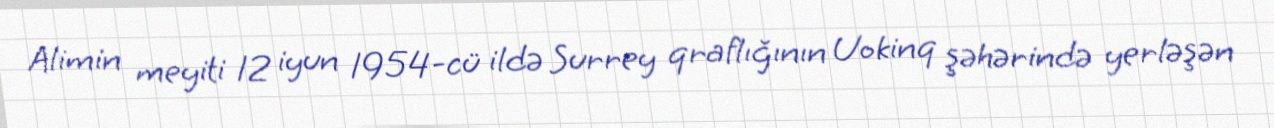
Alimin meyiti 12 iyun 1954-cü ildə Surrey qraflığının Uokinq şəhərində yerləşən